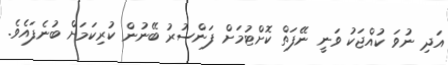
އަދި ނުވަ ކުއްޖަކު ވަނީ ނޭފަތް ކޮށްޓުމަށް ފަންސުރު ބޭނުން ކުރިކަމަށް ބުނެފައެވެ.